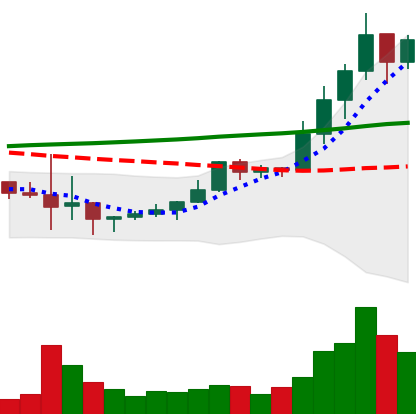
Ticker: LINK-USD
Chart end date: 2019-10-11
Forward return: -13.747%
Label: down_7plus